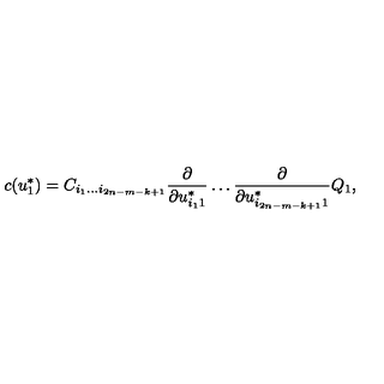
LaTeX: c ( u _ { 1 } ^ { * } ) = C _ { i _ { 1 } \ldots i _ { 2 n - m - k + 1 } } { \frac { \partial } { \partial u _ { i _ { 1 } 1 } ^ { * } } } \ldots { \frac { \partial } { \partial u _ { i _ { 2 n - m - k + 1 } 1 } ^ { * } } } Q _ { 1 } ,